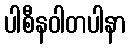
ပါစီနဝါတပါနာ